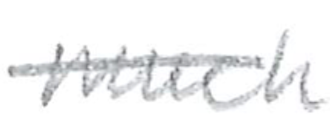
Text: much
Cross-out: single-line
Writing tool: pencil